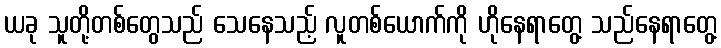
ယခု သူတို့တစ်တွေသည် သေနေသည့် လူတစ်ယောက်ကို ဟိုနေရာတွေ့ သည်နေရာတွေ့